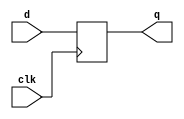
module d_flip_flop(q, d, clk);
  input d, clk;
  output reg q;
  
  //sempre que ocorrer a borda positiva, o sinal de d eh amostrado na saida
  always @(posedge clk)
    q <= d;
  
endmodule